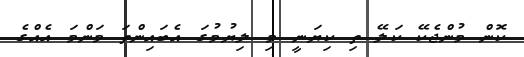
ކޮން މުންޖެކޭ ކަލޭ ތި ކިޔަނީ މި ލިޔުމުގަ އެބައިންތަ މަންމަ އެއްގެ